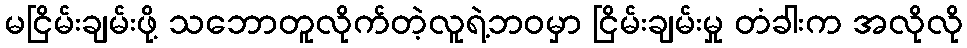
မငြိမ်းချမ်းဖို့ သဘောတူလိုက်တဲ့လူရဲ့ဘဝမှာ ငြိမ်းချမ်းမှု တံခါးက အလိုလို